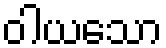
ဝါယသော